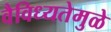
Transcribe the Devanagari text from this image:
वैविध्यतेमुळे